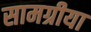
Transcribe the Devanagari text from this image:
सामग्रीया